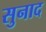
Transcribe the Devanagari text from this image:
सुनाद